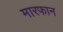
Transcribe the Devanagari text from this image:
मारफान